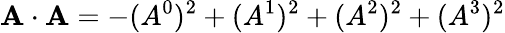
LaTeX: \mathbf{A\cdot A}=-(A^{0})^{2}+(A^{1})^{2}+(A^{2})^{2}+(A^{3})^{2}